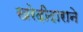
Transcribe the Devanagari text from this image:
खरेदीदाराने